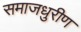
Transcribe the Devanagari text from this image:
समाजधुरीण